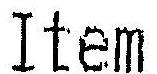
ITEM